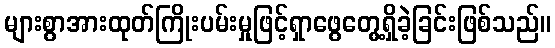
များစွာအားထုတ်ကြိုးပမ်းမှုဖြင့်ရှာဖွေတွေ့ရှိခဲ့ခြင်းဖြစ်သည်။